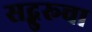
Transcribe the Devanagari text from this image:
सद्गुरूचा